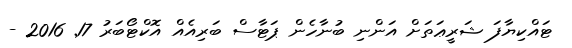
ޓައްކިޔާފަ ޝަރީޢަތަށް އަންނި ބުނާހެން ޕަޓާސް ބަރިއެއް އޮކްޓޯބަރު 17